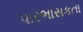
પારભાસકતા